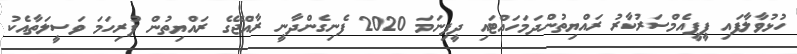
ހުޅުވާލާފައި ޕީޕީއެމްސަރުކާރު ރައްޔިތުންދަމަހައްޓައި ދީފިނަމަ 2020 ފެނިގެންދާނީ ރާއްޖޭގެ ރައްޔިތުން ފުރިހަމަ ވަސީލަތާއެކު